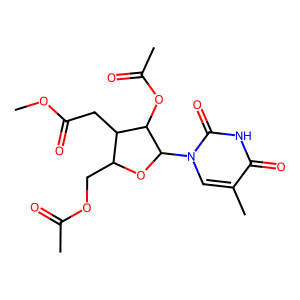
SMILES: COC(=O)CC1C(COC(C)=O)OC(n2cc(C)c(=O)[nH]c2=O)C1OC(C)=O
Inhibits HIV replication: No